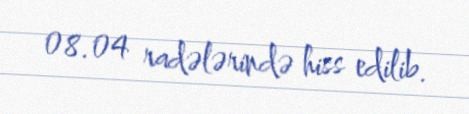
08.04 radələrində hiss edilib.